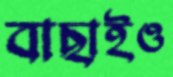
বাছাইও